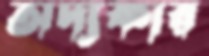
অদ্যকার